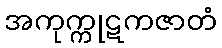
အကုက္ကုဋကဇာတံ